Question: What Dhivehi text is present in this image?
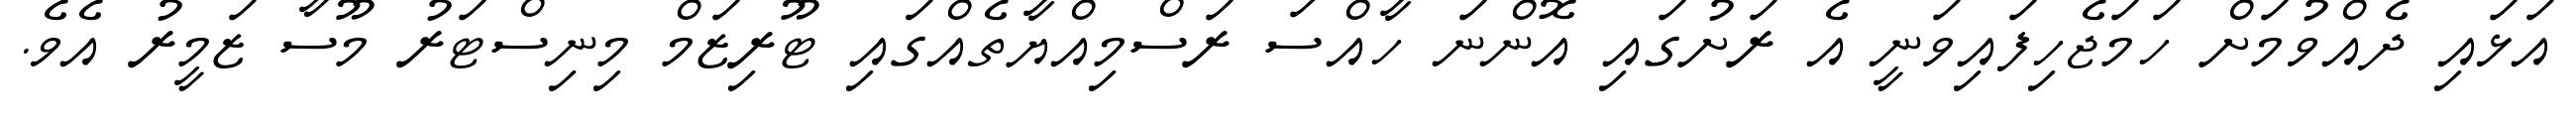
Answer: އަޅައި ދެއްވުމަށް ހަމަޖެހިފައިވަނީ އެ ރަށުގައި އޮންނަ ހާއްސަ ރަސްމިއްޔާތެއްގައި ޓޫރިޒަމް މިނިސްޓަރު މޫސާ ޒަމީރު އެވެ.